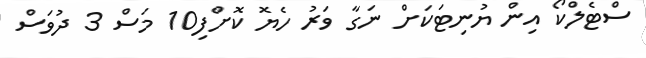
ސްޓެލްކޯ އިން ޔުނިޓަކަށް ނަގާ ވަރު ހެޔޮ ކޮށްފި10 މަސް 3 ދުވަސް